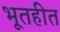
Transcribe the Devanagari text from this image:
भूतहीत